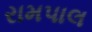
રામપાલ